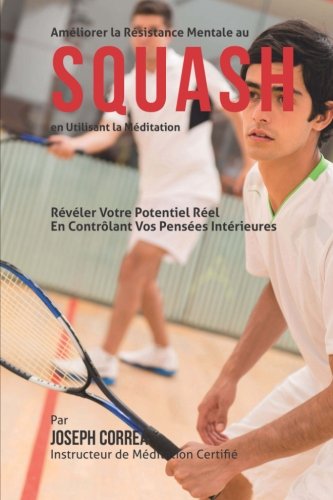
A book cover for Ameliorer la Resistance Mentale au Squash en Utilisant la Meditation: Reveler Votre Potentiel Reel en Controlant Vos Pensees Interieures (French Edition); Joseph Correa (Instructeur de Meditation Certifie); Sports & Outdoors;